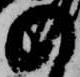
の